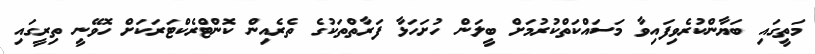
މަތީގައި ބަޔާންކުރެވިފައިވާ މަސައްކަތްކުރުމަށް ބީލަން ހުށަހަޅާ ފަރާތްތަކުގެ ތެރެއިން ކޮންޓްރެކްޓަރަކަށް ހޮވޭނީ ތިރީގައި